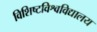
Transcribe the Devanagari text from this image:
विशिष्टविश्वविद्यालय